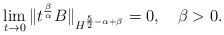
LaTeX: \begin{align*}\lim_{t\to 0}\|t^{\frac{\beta}{\alpha}} B\|_{H^{\frac52-\alpha+\beta}}=0, \ \ \ \beta>0.\end{align*}